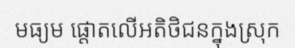
មធ្យម ផ្តោតលើអតិថិជនក្នុងស្រុក